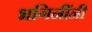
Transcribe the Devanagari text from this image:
भगिनींनी